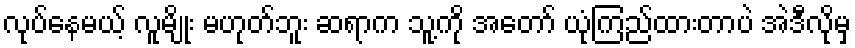
လုပ်နေမယ့် လူမျိုး မဟုတ်ဘူး ဆရာက သူ့ကို အတော် ယုံကြည်ထားတာပဲ အဲဒီလိုမှ